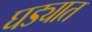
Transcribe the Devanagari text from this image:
घड्यात